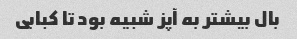
بال بیشتر به آپز شبیه بود تا کبابی